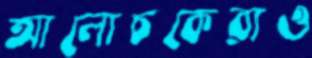
আলোচকেরাও